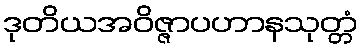
ဒုတိယအဝိဇ္ဇာပဟာနသုတ္တံ